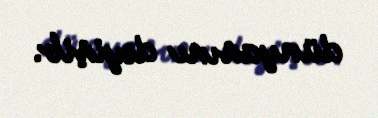
dünyasını dəyişib.